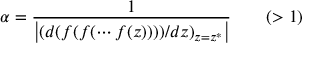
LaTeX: \alpha = { \frac { 1 } { \left| ( d ( f ( f ( \cdots f ( z ) ) ) ) / d z ) _ { z = z ^ { * } } \right| } } \qquad ( > 1 )